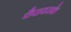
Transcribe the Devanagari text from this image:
चैपायसके